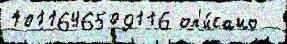
1011646509116 оп'и́сано